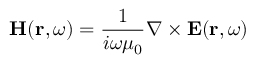
\mathbf { H } ( \mathbf { r } , \omega ) = \frac { 1 } { i \omega \mu _ { 0 } } \nabla \times \mathbf { E } ( \mathbf { r } , \omega )